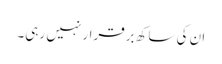
ان کی ساکھ برقرار نہیں رہی۔